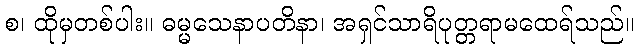
စ၊ ထိုမှတစ်ပါး။ ဓမ္မသေနာပတိနာ၊ အရှင်သာရိပုတ္တရာမထေရ်သည်။